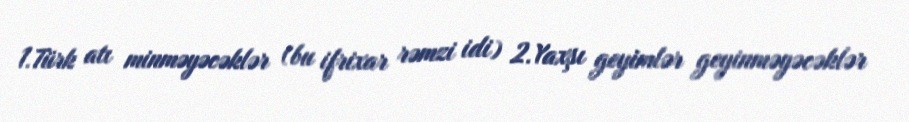
1.Türk atı minməyəcəklər (bu ifrixar rəmzi idi) 2.Yaxşı geyimlər geyinməyəcəklər